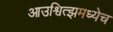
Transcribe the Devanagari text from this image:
आउश्वित्झमध्येच